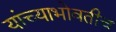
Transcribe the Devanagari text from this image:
यांच्याभोवतीच